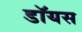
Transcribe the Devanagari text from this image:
डॉयस